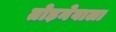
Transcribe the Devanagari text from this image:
तोड़नेवाला